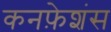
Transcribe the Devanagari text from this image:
कनफ़ेशंस